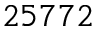
2 5 7 7 2